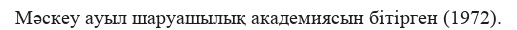
Мәскеу ауыл шаруашылық академиясын бітірген (1972).